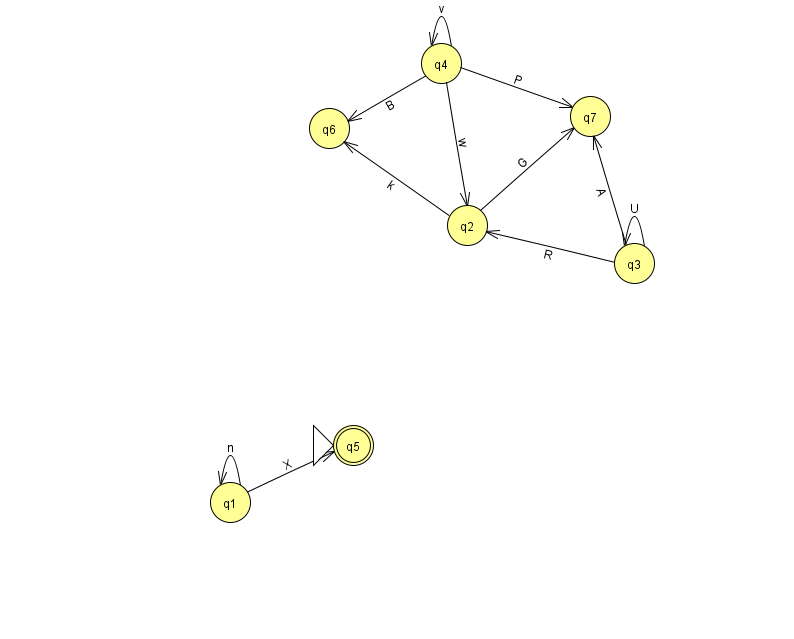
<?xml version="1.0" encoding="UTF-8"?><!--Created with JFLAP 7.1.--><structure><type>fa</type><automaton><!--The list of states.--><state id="1" name="q1"><x>230.0</x><y>489.0</y></state><state id="2" name="q2"><x>467.0</x><y>212.0</y></state><state id="3" name="q3"><x>634.0</x><y>250.0</y></state><state id="4" name="q4"><x>441.0</x><y>50.0</y></state><state id="5" name="q5"><x>353.0</x><y>432.0</y><initial/><final/></state><state id="6" name="q6"><x>329.0</x><y>115.0</y></state><state id="7" name="q7"><x>590.0</x><y>103.0</y></state><!--The list of transitions.--><transition><from>4</from><to>2</to><read>w</read></transition><transition><from>3</from><to>2</to><read>R</read></transition><transition><from>3</from><to>3</to><read>U</read></transition><transition><from>4</from><to>4</to><read>v</read></transition><transition><from>4</from><to>6</to><read>B</read></transition><transition><from>2</from><to>6</to><read>k</read></transition><transition><from>3</from><to>7</to><read>A</read></transition><transition><from>2</from><to>7</to><read>G</read></transition><transition><from>4</from><to>7</to><read>P</read></transition><transition><from>1</from><to>1</to><read>n</read></transition><transition><from>1</from><to>5</to><read>X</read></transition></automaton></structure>